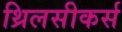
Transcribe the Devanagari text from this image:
थ्रिलसीकर्स